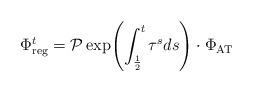
LaTeX: \begin{align*}\Phi^t_\mathrm{reg}=\mathcal P\exp\!\left(\int_{\frac 1 2}^t\tau^sds\right)\cdot \Phi_\mathrm{AT}\end{align*}